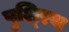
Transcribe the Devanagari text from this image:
पुश्‍रिथ